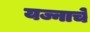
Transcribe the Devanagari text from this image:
यज्नाचे